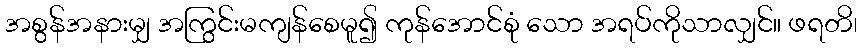
အစွန်အနားမျှ အကြွင်းမကျန်စေမူ၍ ကုန်အောင်စုံ သော အရပ်ကိုသာလျှင်။ ဖရတိ၊